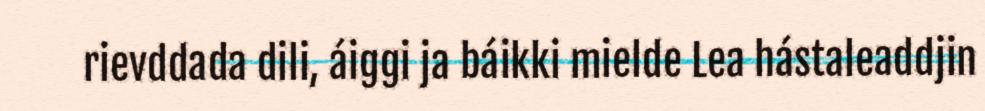
rievddada dili, áiggi ja báikki mielde Lea hástaleaddjin